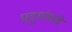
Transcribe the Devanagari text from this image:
प्रादुर्भावांचे